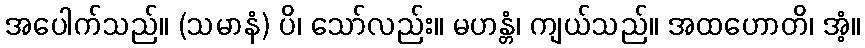
အပေါက်သည်။ (သမာနံ) ပိ၊ သော်လည်း။ မဟန္တံ၊ ကျယ်သည်။ အထဟောတိ၊ အံ့။